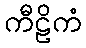
ကီဠိကံ